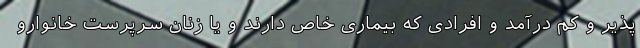
پذیر و کم درآمد و افرادی که بیماری خاص دارند و یا زنان سرپرست خانوارو